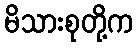
မိသားစုတို့က